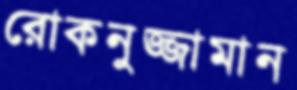
রোকনুজ্জামান